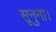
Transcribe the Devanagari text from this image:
सूनुना।